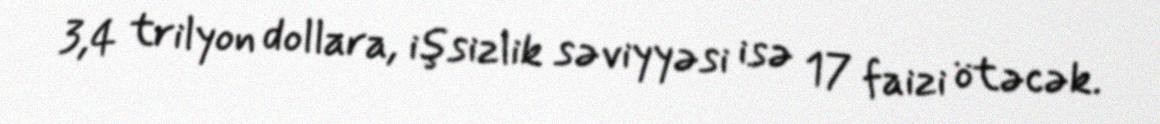
3,4 trilyon dollara, işsizlik səviyyəsi isə 17 faizi ötəcək.